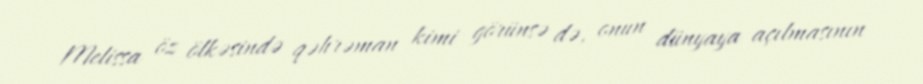
Melissa öz ölkəsində qəhrəman kimi görünsə də, onun dünyaya açılmasının